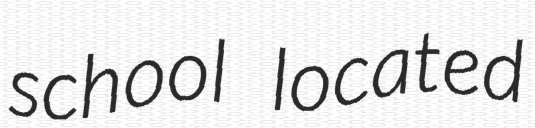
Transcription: school located